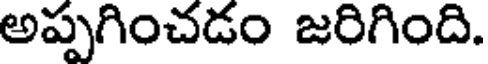
అప్పగించడం జరిగింది.